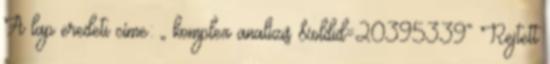
A lap eredeti címe: „ komplex analízis &oldid=20395339” Rejtett